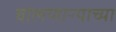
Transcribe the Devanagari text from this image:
बोलणाऱ्याच्या